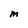
Character: M